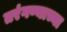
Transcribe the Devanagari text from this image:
तरंगण्याच्या